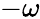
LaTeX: -\omega